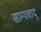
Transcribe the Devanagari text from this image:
साम्यवाद्